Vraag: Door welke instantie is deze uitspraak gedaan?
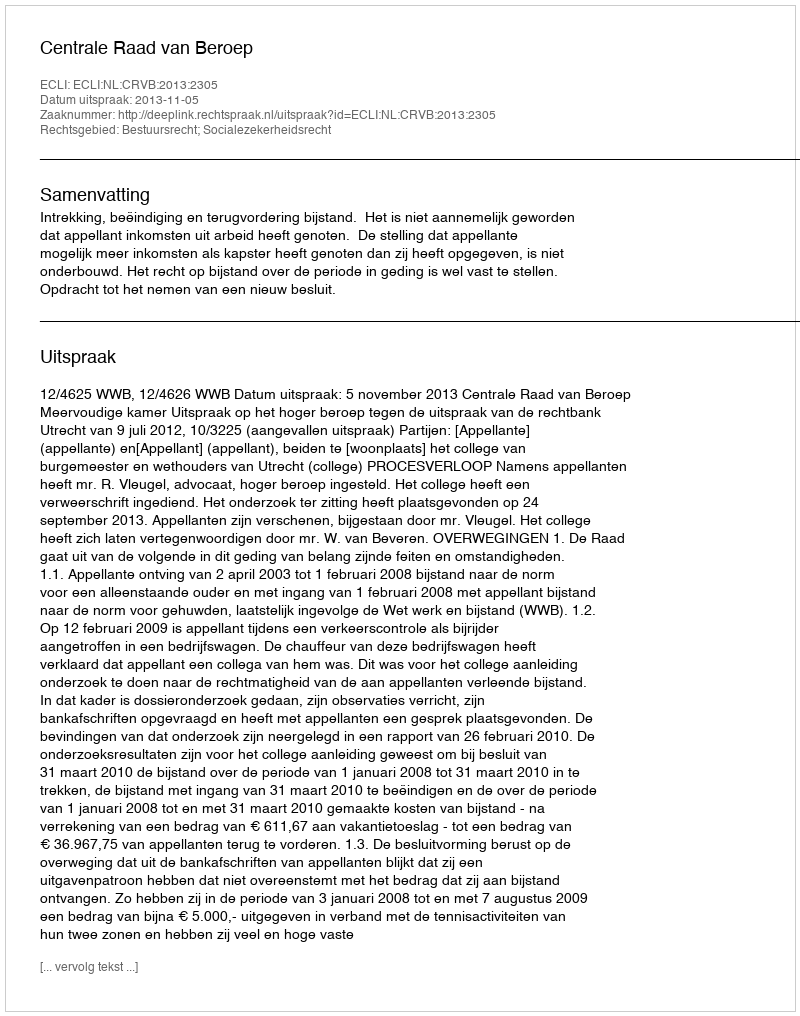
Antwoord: Centrale Raad van Beroep